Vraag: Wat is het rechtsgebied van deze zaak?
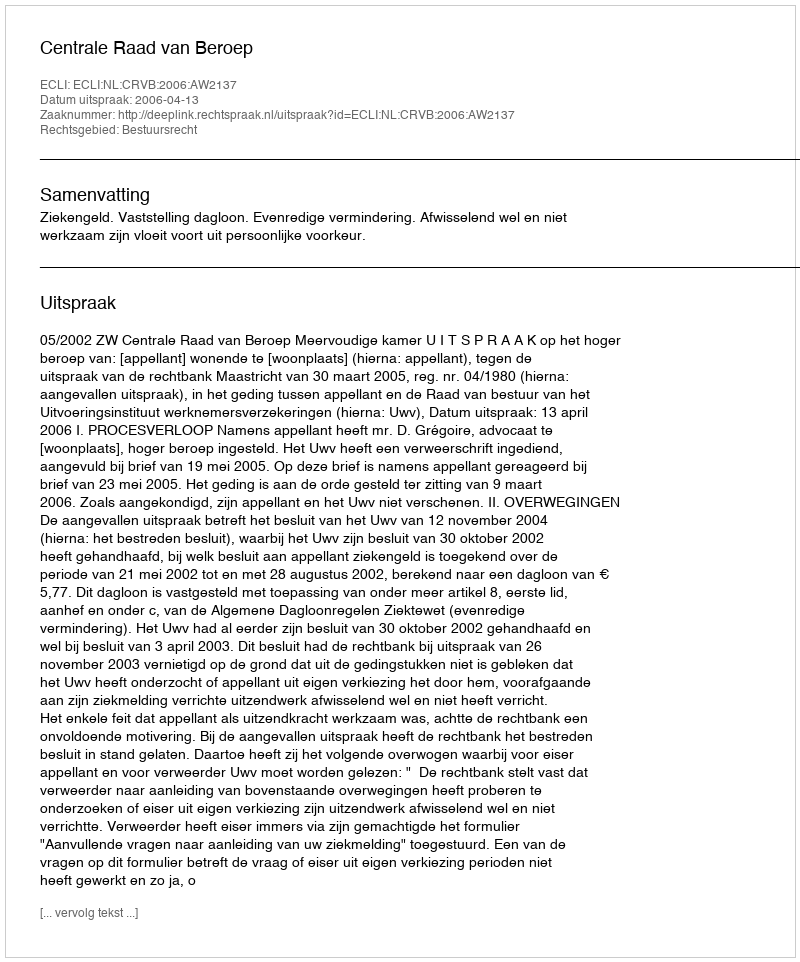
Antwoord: Bestuursrecht